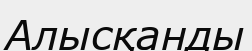
Алысқанды